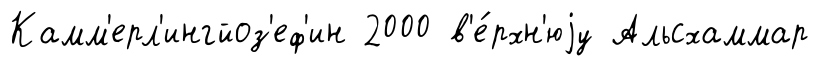
Камм'ерл'ингйоз'еф'ин 2000 в'е́рхн'юjу Альсхаммар